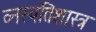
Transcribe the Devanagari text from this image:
व्नस्पतिशास्त्र